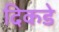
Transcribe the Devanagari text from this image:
दिकडे